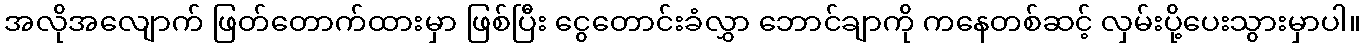
အလိုအလျောက် ဖြတ်တောက်ထားမှာ ဖြစ်ပြီး ငွေတောင်းခံလွှာ ဘောင်ချာကို ကနေတစ်ဆင့် လှမ်းပို့ပေးသွားမှာပါ။